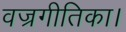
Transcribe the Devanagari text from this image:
वज्रगीतिका।